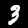
Label: 3